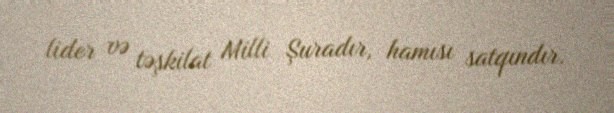
lider və təşkilat Milli Şuradır, hamısı satqındır.